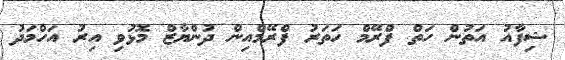
ޝިފާއު އަތުން ހަތް ފްރޭމް ހަތަރު ފްރޭމްއިން ދުންޔާޒް މޮޅުވި އިރު އަހްމަދު